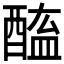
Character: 𨡿